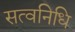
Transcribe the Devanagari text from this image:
सत्वनिधि